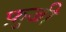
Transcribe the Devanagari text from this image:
फ़ुजी